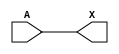
/*
 * Copyright 2020 The SkyWater PDK Authors
 *
 * Licensed under the Apache License, Version 2.0 (the "License");
 * you may not use this file except in compliance with the License.
 * You may obtain a copy of the License at
 *
 *     https://www.apache.org/licenses/LICENSE-2.0
 *
 * Unless required by applicable law or agreed to in writing, software
 * distributed under the License is distributed on an "AS IS" BASIS,
 * WITHOUT WARRANTIES OR CONDITIONS OF ANY KIND, either express or implied.
 * See the License for the specific language governing permissions and
 * limitations under the License.
 *
 * SPDX-License-Identifier: Apache-2.0
*/


`ifndef SKY130_FD_SC_HD__PROBEC_P_BEHAVIORAL_V
`define SKY130_FD_SC_HD__PROBEC_P_BEHAVIORAL_V

/**
 * probec_p: Virtual current probe point.
 *
 * Verilog simulation functional model.
 */

`timescale 1ns / 1ps
`default_nettype none

`celldefine
module sky130_fd_sc_hd__probec_p (
    X,
    A
);

    // Module ports
    output X;
    input  A;

    // Module supplies
    supply1 VPWR;
    supply0 VGND;
    supply1 VPB ;
    supply0 VNB ;

    // Local signals
    wire buf0_out_X;

    //  Name  Output      Other arguments
    buf buf0 (buf0_out_X, A              );
    buf buf1 (X         , buf0_out_X     );

endmodule
`endcelldefine

`default_nettype wire
`endif  // SKY130_FD_SC_HD__PROBEC_P_BEHAVIORAL_V